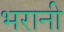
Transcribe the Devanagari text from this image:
भरानी